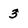
Character: 3